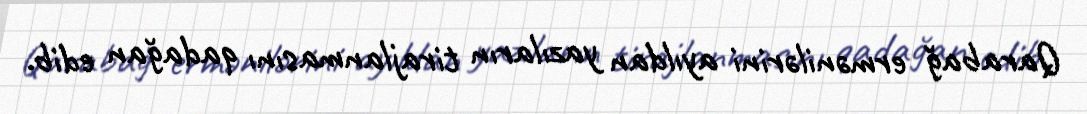
Qarabağ ermənilərini ayıldan yazıların tirajlanmasını qadağan edib.